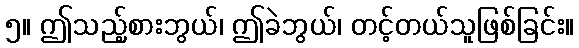
၅။ ဤသည့်စားဘွယ်၊ ဤခဲဘွယ်၊ တင့်တယ်သူဖြစ်ခြင်း။